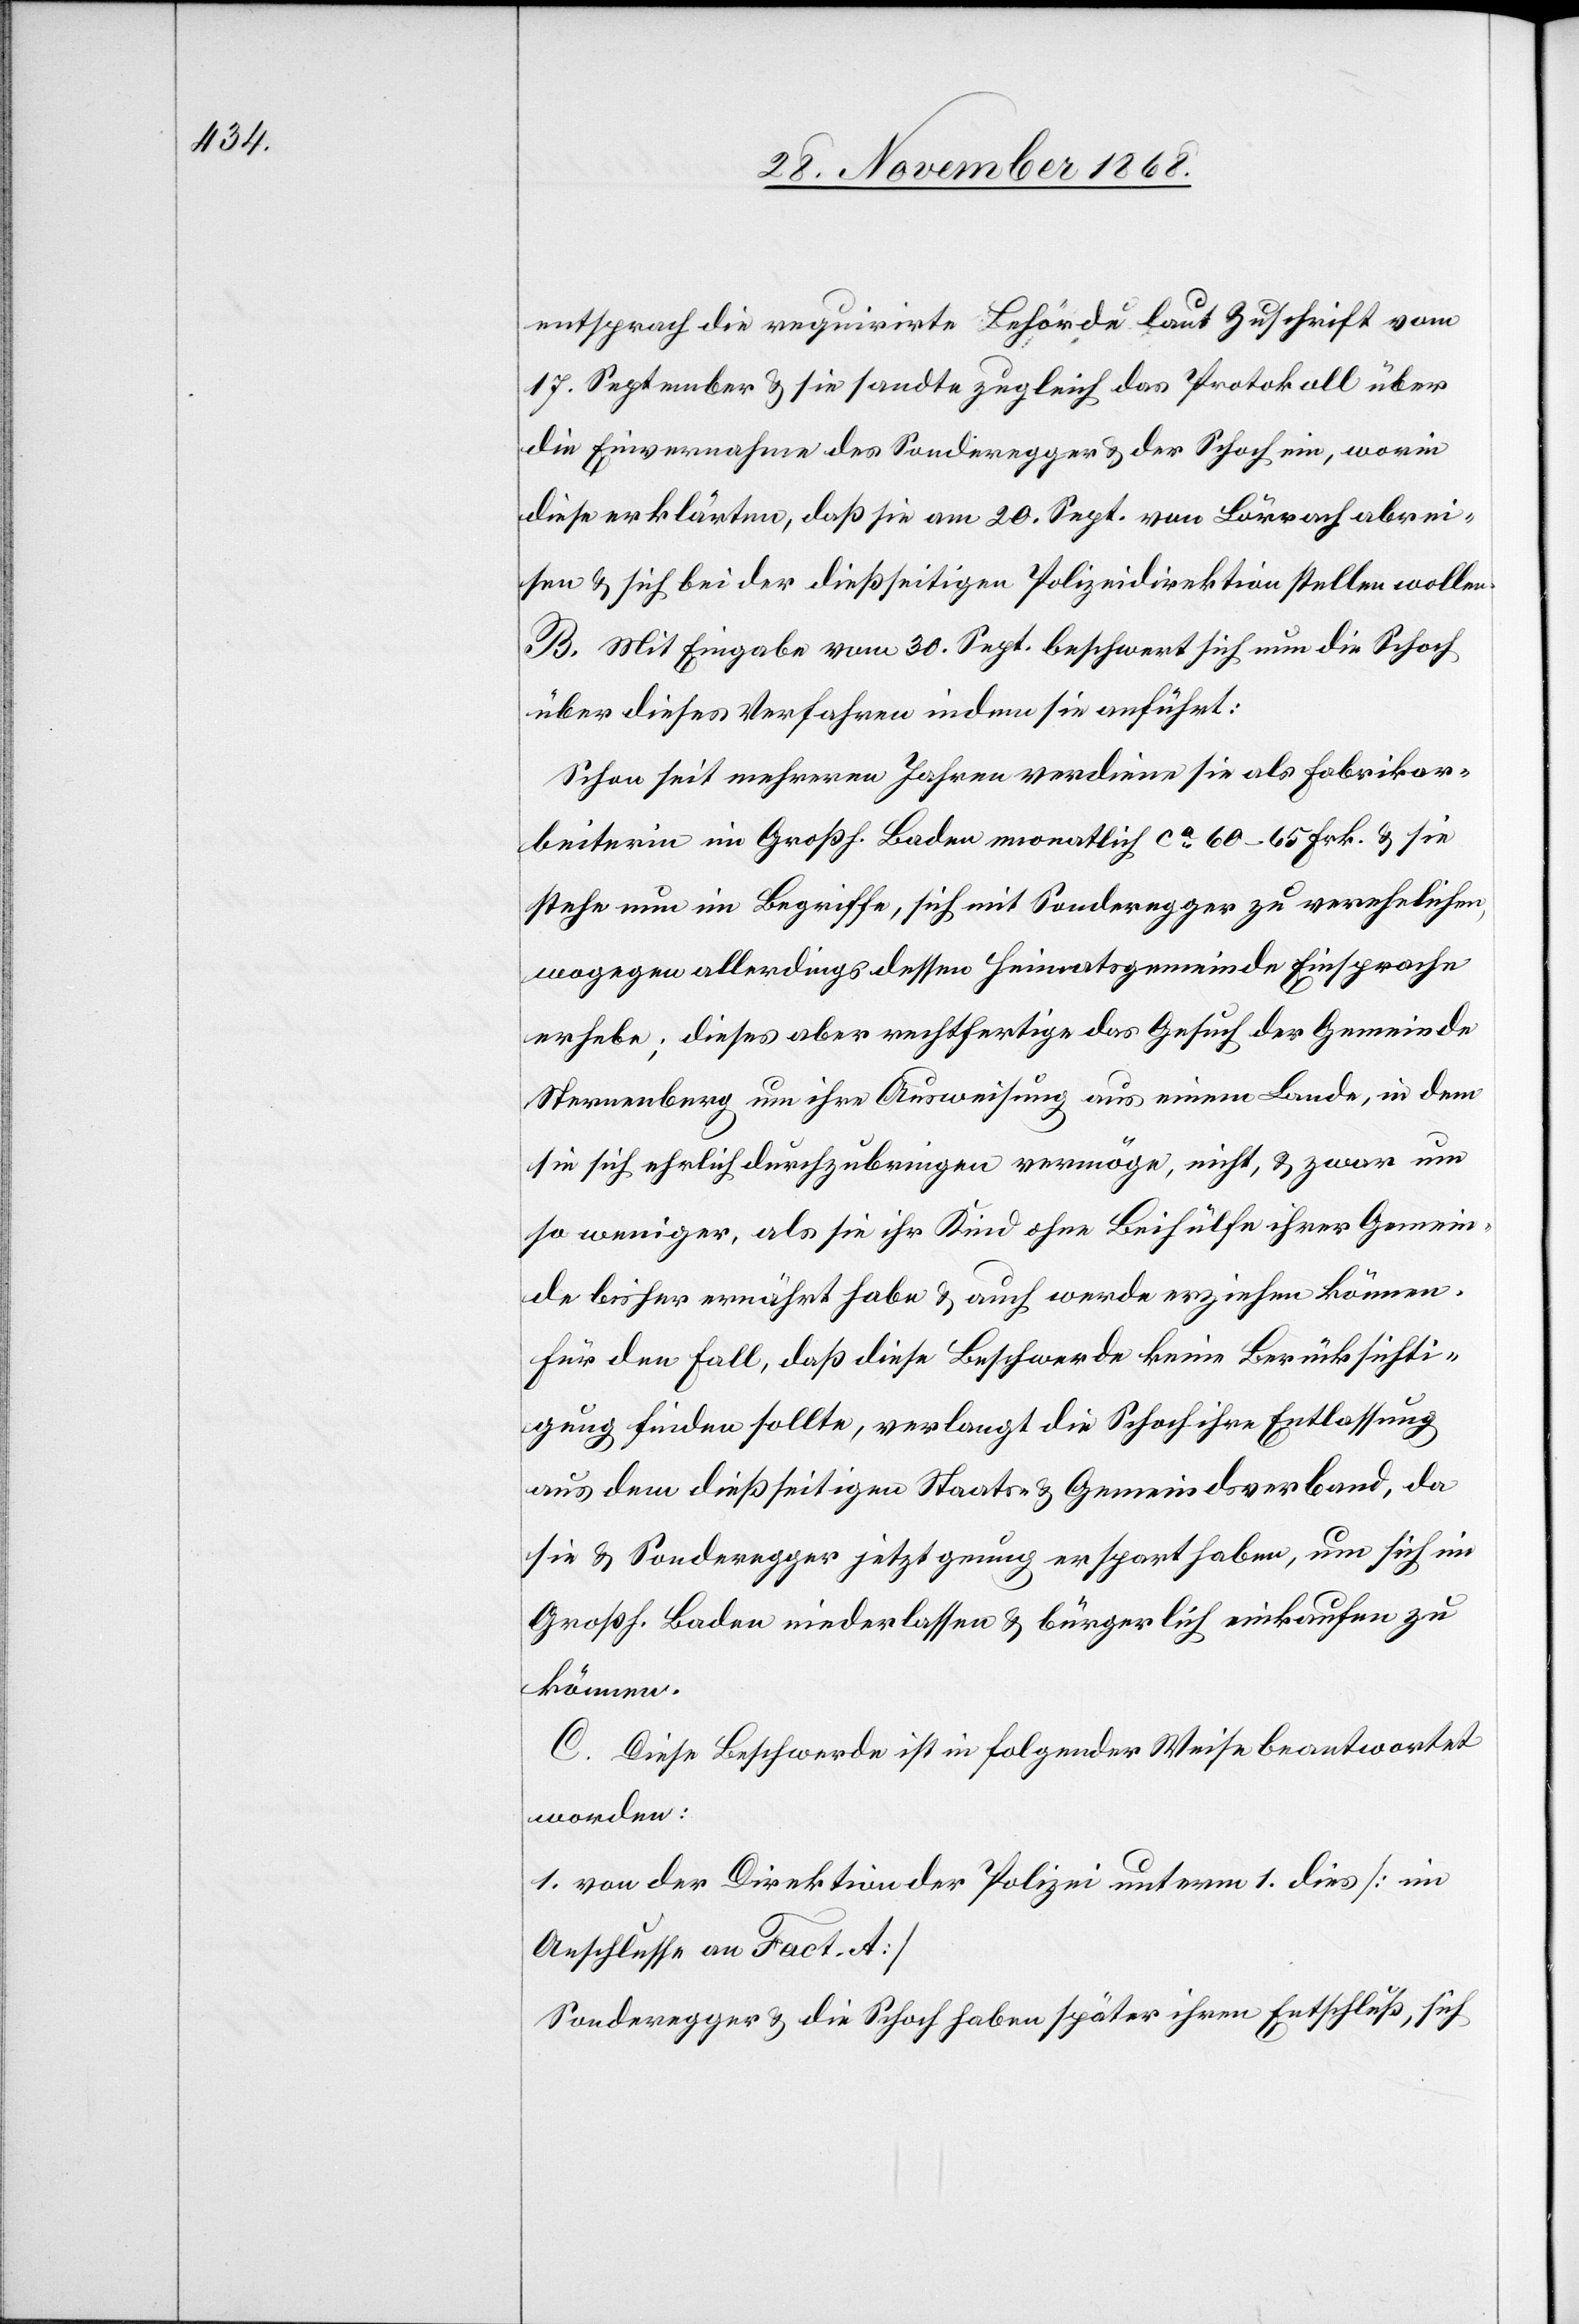
entsprach die requirirte Behörde laut Zuschrift vom
17. September & sie sandte zugleich das Protokoll über
die Einvernahme des Sonderegger & der Schoch ein, worin
diese erklärten, daß sie am 20. Sept. von Lörrach abrei¬
sen & sich bei der dießseitigen Polizeidirektion stellen wollen.
B. Mit Eingabe vom 30. Sept. beschwert sich nun die Schoch
über dieses Verfahren indem sie anführt:
Schon seit mehreren Jahren verdiene sie als Fabrikar¬
beiterin im Großh. Baden monatlich ca 60–65 Frk. & sie
stehe nun im Begriffe, sich mit Sonderegger zu verehelichen,
wogegen allerdings dessen Heimatsgemeinde Einsprache
erhebe; dieses aber rechtfertige das Gesuch der Gemeinde
Sternenberg um ihre Ausweisung aus einem Lande, in dem
sie sich ehrlich durchzubringen vermöge, nicht, & zwar um
so weniger, als sie ihr Kind ohne Beihülfe ihrer Gemein¬
de bisher ernährt habe & auch werde erziehen können.
Für den Fall, daß diese Beschwerde keine Berücksichti¬
gung finden sollte, verlangt die Schoch ihre Entlassung
aus dem dießseitigen Staats- & Gemeindsverband, da
sie & Sonderegger jetzt genug erspart haben, um sich im
Großh. Baden niederlassen & bürgerlich einkaufen zu
können.
C. Diese Beschwerde ist in folgender Weise beantwortet
worden:
1. von der Direktion der Polizei unterm 1. dies [im
Anschlusse an Fact. A]
Sonderegger & die Schoch haben später ihren Entschluß, sich